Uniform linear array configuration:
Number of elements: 24
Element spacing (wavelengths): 1
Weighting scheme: kaiser
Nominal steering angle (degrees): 30
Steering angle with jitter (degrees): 31.491
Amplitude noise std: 0.05
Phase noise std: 0.05

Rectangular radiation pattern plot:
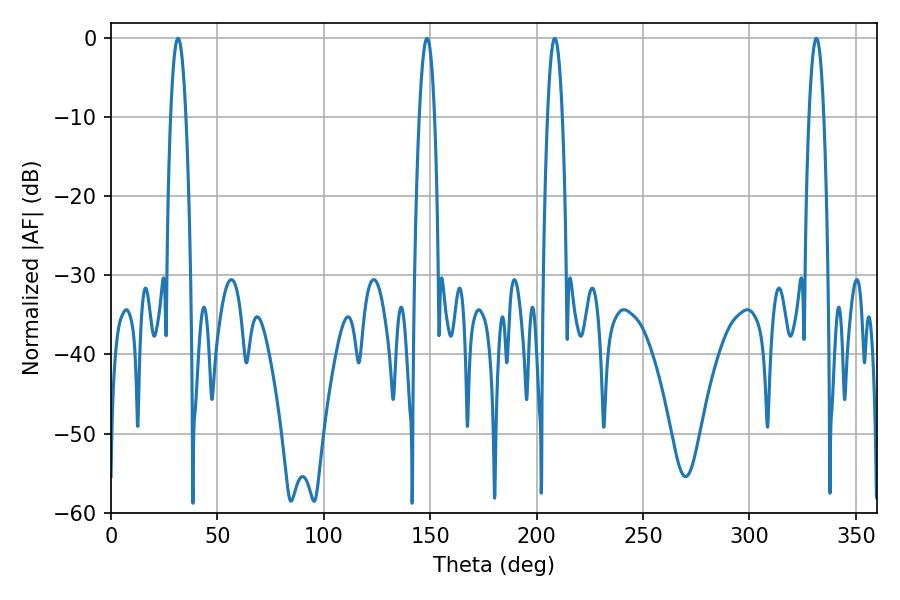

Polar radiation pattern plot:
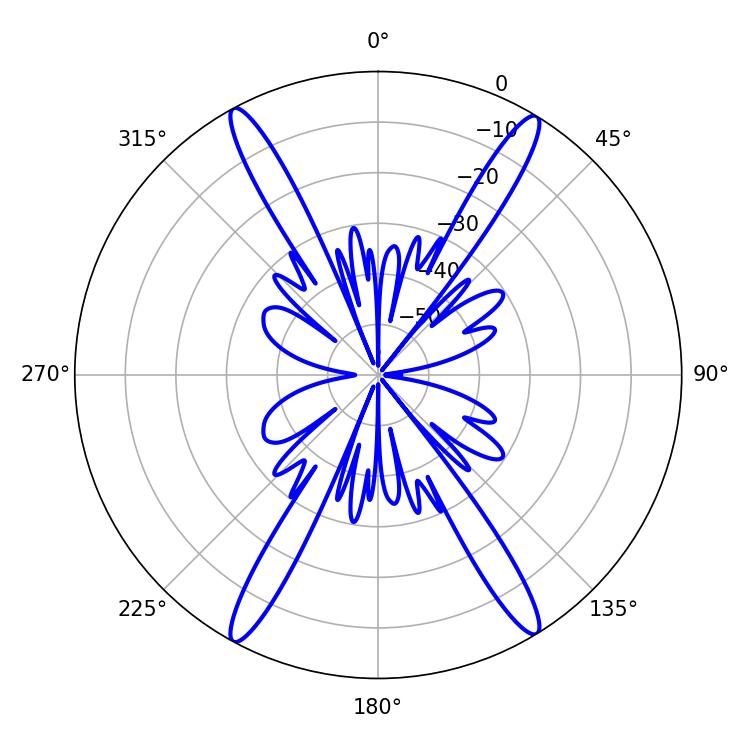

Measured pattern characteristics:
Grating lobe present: TRUE
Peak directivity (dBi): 23.502
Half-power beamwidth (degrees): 3.96
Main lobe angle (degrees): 31.5